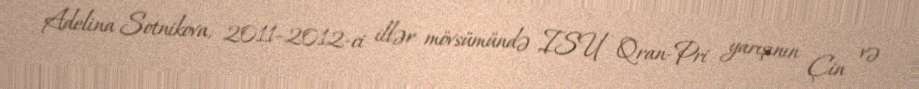
Adelina Sotnikova, 2011–2012-ci illər mövsümündə ISU Qran-Pri yarışının Çin və